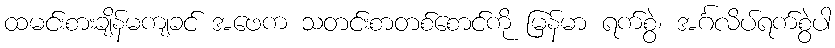
ထမင်းစားချိန်မကျခင် အဖေက သတင်းစာတစ်စောင်ကို မြန်မာ ရက်စွဲ၊ အင်္ဂလိပ်ရက်စွဲပါ